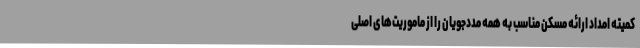
کمیته امداد ارائه مسکن مناسب به همه مددجویان را از ماموریت‌های اصلی